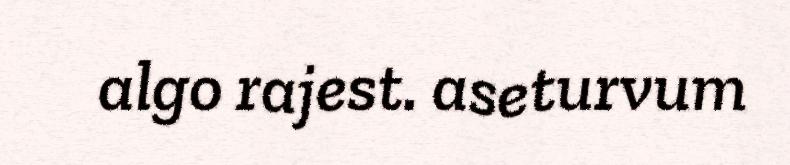
algo rajest. aseturvum